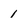
Character: 1